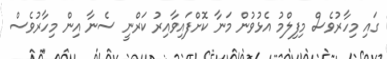
ގައި މިހާރުވެސް މިފިލްމު އެޅުވުން މަނާ ކޮށްފައިވާއިރު ކަރްނީ ސެނާ އިން މިހާރުވެސް